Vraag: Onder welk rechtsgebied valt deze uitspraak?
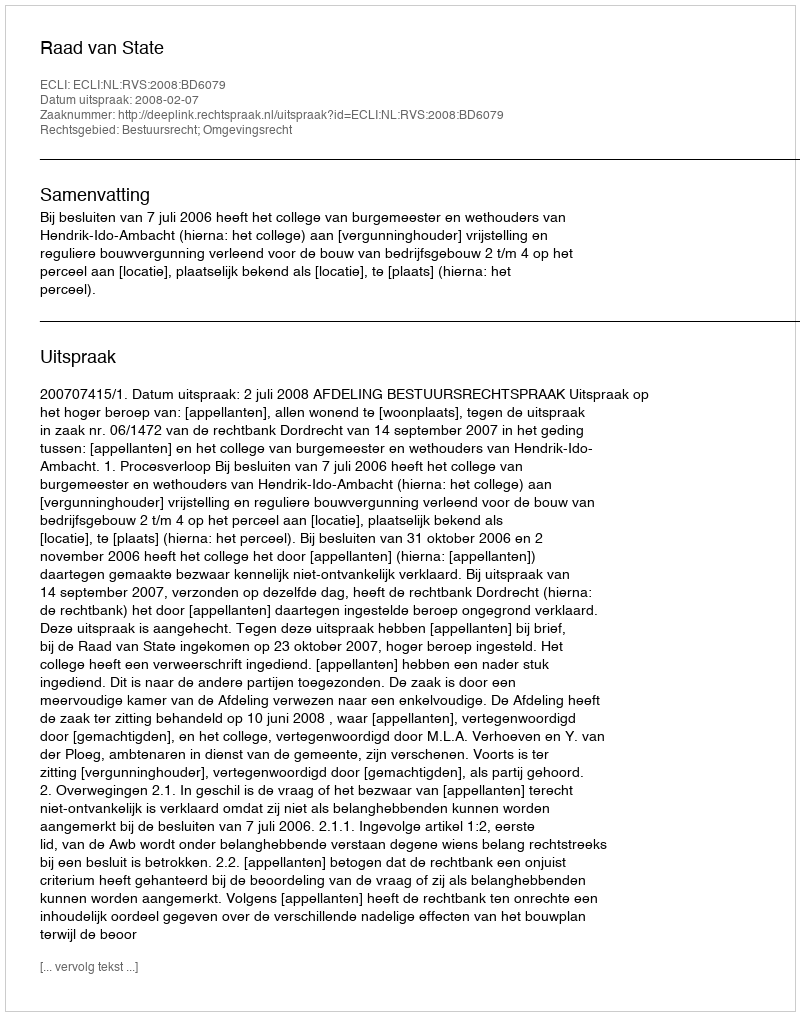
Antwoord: Bestuursrecht; Omgevingsrecht